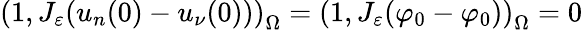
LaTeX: \left(1,J_{\varepsilon}(u_{n}(0)-u_{\nu}(0))\right)_{\Omega}=\left(1,J_{\varepsilon}(\varphi_{0}-\varphi_{0})\right)_{\Omega}=0